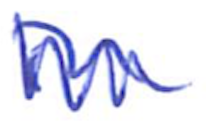
Text: in
Cross-out: zig-zag
Writing tool: ballpoint